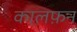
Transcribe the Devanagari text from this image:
कालफ़न